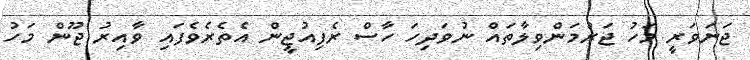
ޖަނަވަރީ މަހު ޖަރުމަންވިލާތައް ނުވަދިހަ ހާސް ރެފިއުޖީން އެތެރެވެފައި ވާއިރު ޖޫން މަހު